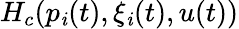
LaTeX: H_{c}(p_{\mathit{i}}(t),\xi_{\mathit{i}}(t),u(t))